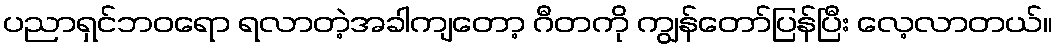
ပညာရှင်ဘဝရော ရလာတဲ့အခါကျတော့ ဂီတကို ကျွန်တော်ပြန်ပြီး လေ့လာတယ်။